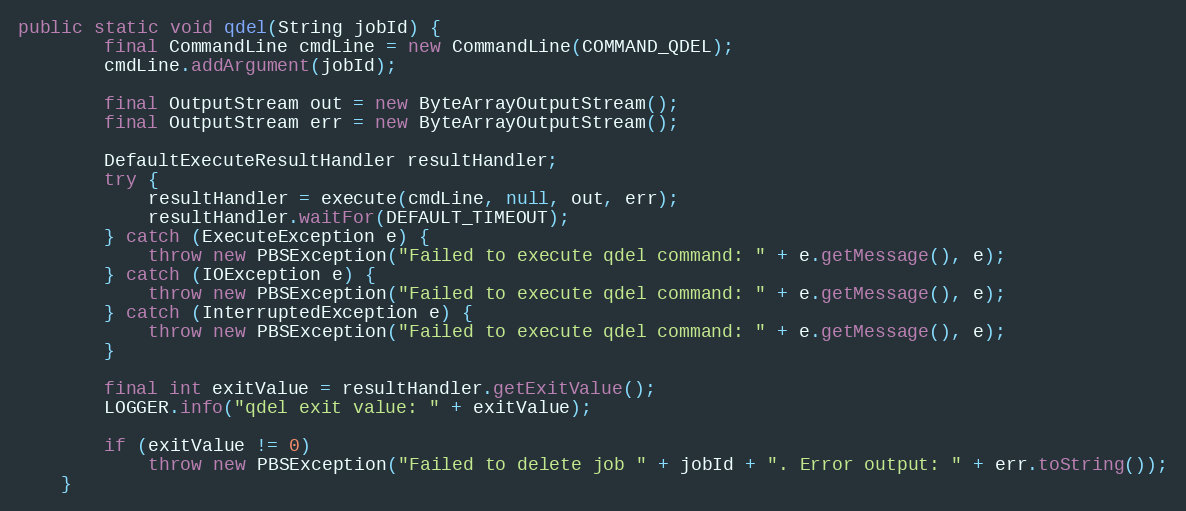
Language: Java
public static void qdel(String jobId) {
        final CommandLine cmdLine = new CommandLine(COMMAND_QDEL);
        cmdLine.addArgument(jobId);

        final OutputStream out = new ByteArrayOutputStream();
        final OutputStream err = new ByteArrayOutputStream();

        DefaultExecuteResultHandler resultHandler;
        try {
            resultHandler = execute(cmdLine, null, out, err);
            resultHandler.waitFor(DEFAULT_TIMEOUT);
        } catch (ExecuteException e) {
            throw new PBSException("Failed to execute qdel command: " + e.getMessage(), e);
        } catch (IOException e) {
            throw new PBSException("Failed to execute qdel command: " + e.getMessage(), e);
        } catch (InterruptedException e) {
            throw new PBSException("Failed to execute qdel command: " + e.getMessage(), e);
        }

        final int exitValue = resultHandler.getExitValue();
        LOGGER.info("qdel exit value: " + exitValue);

        if (exitValue != 0)
            throw new PBSException("Failed to delete job " + jobId + ". Error output: " + err.toString());
    }